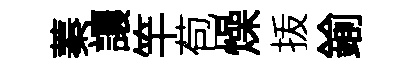
蓁讓竿苞燥㧞鍮